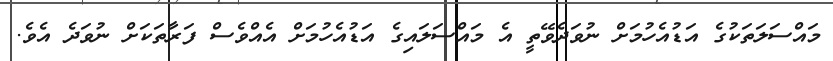
މައްސަލަތަކުގެ އަޑުއެހުމަށް ނުވަދެވޭތީ އެ މައްސަލައިގެ އަޑުއެހުމަށް އެއްވެސް ފަރާތަކަށް ނުވަދެ އެވެ.